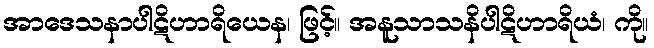
အာဒေသနာပါဋိဟာရိယေန၊ ဖြင့်။ အနူသာသနိပါဋိဟာရိယံ၊ ကို။